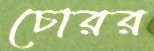
চোরর